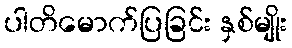
ပါတိမောက်ပြခြင်း နှစ်မျိုး